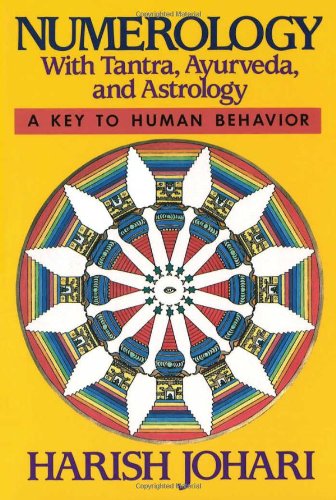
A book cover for Numerology: With Tantra, Ayurveda, and Astrology; Harish Johari; Health, Fitness & Dieting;